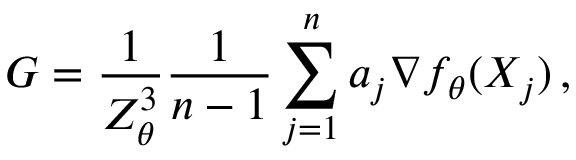
G = \frac { 1 } { Z _ { \theta } ^ { 3 } } \frac 1 { n - 1 } \sum _ { j = 1 } ^ { n } a _ { j } \nabla f _ { \theta } ( X _ { j } ) \, ,